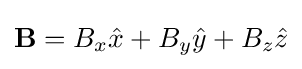
\mathbf {B} =B_{x}{\hat {x}}+B_{y}{\hat {y}}+B_{z}{\hat {z}}